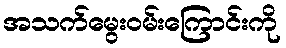
အသက်မွေးဝမ်းကြောင်းကို